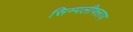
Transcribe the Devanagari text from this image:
सिम्पलीफ्लाय